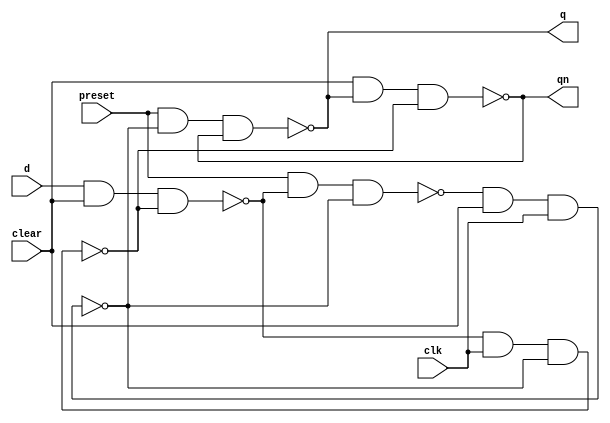
module d_ff(
    input preset, clear, d,clk, 
    output q, qn); 
    
    wire x, y, z, t, a, b ;
    assign x = ~(preset & t & y);
    assign y = ~(x & clear & clk);
    assign z = ~(t & clk & y);
    assign t = ~(d & clear & z); 
    assign q = ~(preset & y & qn);
    assign qn = ~(clear & q & z);
endmodule